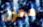
محزن